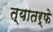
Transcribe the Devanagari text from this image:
त्यातर्फे